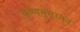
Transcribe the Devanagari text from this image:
कृष्णमृगस्तव